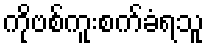
ကိုဗစ်ကူးစက်ခံရသူ